Vaccination in Bombay 1856-1862 - 1856-1862
Year: 1856
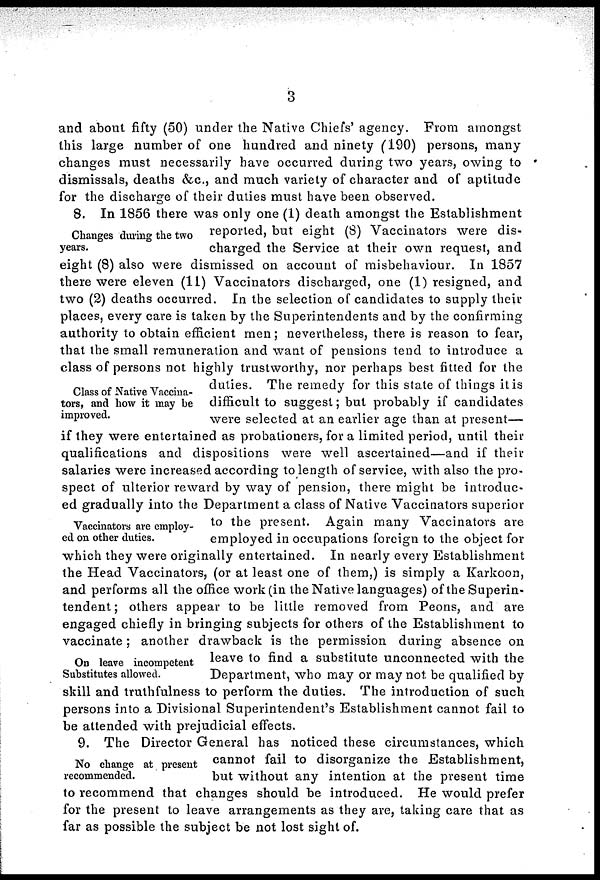
3
and about fifty (50) under the Native Chiefs' agency. From amongst
this large number of one hundred and ninety (190) persons, many
changes must necessarily have occurred during two years, owing to
dismissals, deaths &c., and much variety of character and of aptitude
for the discharge of their duties must have been observed.
Changes during the two
years.
Class of Native Vaccina-
tors, and how it may be
improved.
Vaccinators are employ-
ed on other duties.
On leave incompetent
Substitutes allowed.
8. In 1856 there was only one (1) death amongst the Establishment
reported, but eight (8) Vaccinators were dis-
charged the Service at their own request, and
eight (8) also were dismissed on account of misbehaviour. In 1857
there were eleven (11) Vaccinators discharged, one (1) resigned, and
two (2) deaths occurred. In the selection of candidates to supply their
places, every care is taken by the Superintendents and by the confirming
authority to obtain efficient men; nevertheless, there is reason to fear,
that the small remuneration and want of pensions tend to introduce a
class of persons not highly trustworthy, nor perhaps best fitted for the
duties. The remedy for this state of things it is
difficult to suggest; but probably if candidates
were selected at an earlier age than at present—
if they were entertained as probationers, for a limited period, until their
qualifications and dispositions were well ascertained—and if their
salaries were increased according to length of service, with also the pro-
spect of ulterior reward by way of pension, there might be introduc-
ed gradually into the Department a class of Native Vaccinators superior
to the present. Again many Vaccinators are
employed in occupations foreign to the object for
which they were originally entertained. In nearly every Establishment
the Head Vaccinators, (or at least one of them,) is simply a Karkoon,
and performs all the office work (in the Native languages) of the Superin-
tendent ; others appear to be little removed from Peons, and are
engaged chiefly in bringing subjects for others of the Establishment to
vaccinate; another drawback is the permission during absence on
leave to find a substitute unconnected with the
Department, who may or may not. be qualified by
skill and truthfulness to perform the duties. The introduction of such
persons into a Divisional Superintendent's Establishment cannot fail to
be attended with prejudicial effects.
No change at present
recommended.
9. The Director General has noticed these circumstances, which
cannot fail to disorganize the Establishment,
but without any intention at the present time
to recommend that changes should be introduced. He would prefer
for the present to leave arrangements as they are, taking care that as
far as possible the subject be not lost sight of.